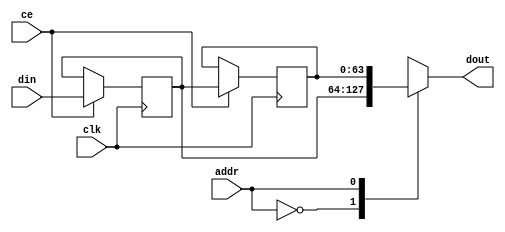
// This program was cloned from: https://github.com/mustafabbas/ECE1373_2016_hft_on_fpga
// License: MIT License

// ==============================================================
// File generated by Vivado(TM) HLS - High-Level Synthesis from C, C++ and SystemC
// Version: 2015.1
// Copyright (C) 2015 Xilinx Inc. All rights reserved.
// 
// ==============================================================


`timescale 1 ns / 1 ps

module ip_handler_length_check_wordBuffer_Array_data_V_core (
    clk,
    ce,
    din,
    addr,
    dout);

parameter DATA_WIDTH = 32'd64;
parameter ADDR_WIDTH = 32'd1;
parameter DEPTH = 32'd2;

input clk;
input ce;
input [DATA_WIDTH-1:0] din;
input [ADDR_WIDTH-1:0] addr;
output [DATA_WIDTH-1:0] dout;


reg[DATA_WIDTH-1:0] ShiftRegMem[0:DEPTH-1];
integer i;

initial
begin
    for(i=0;i<DEPTH;i=i+1)
        ShiftRegMem[i] <= {DATA_WIDTH{1'b0}};
end

always @ (posedge clk)
begin
    if (ce)
    begin
        for(i=0;i<DEPTH-1;i=i+1)
            ShiftRegMem[i+1] <= ShiftRegMem[i];
        ShiftRegMem[0] <= din;
    end
end

assign dout = ShiftRegMem[addr];

endmodule

module ip_handler_length_check_wordBuffer_Array_data_V (
    clk,
    reset,
    address0,
    ce0,
    we0,
    d0,
    q0);

parameter DataWidth = 32'd64;
parameter AddressRange = 32'd2;
parameter AddressWidth = 32'd1;

input clk;
input reset;
input [AddressWidth-1:0] address0;
input ce0;
input we0;
input [DataWidth-1:0] d0;
output [DataWidth-1:0] q0;

ip_handler_length_check_wordBuffer_Array_data_V_core #(
    .DATA_WIDTH( DataWidth ),
    .ADDR_WIDTH( AddressWidth ),
    .DEPTH( AddressRange ))
ip_handler_length_check_wordBuffer_Array_data_V_core_U(
    .clk(clk),
    .ce(we0),
    .din(d0),
    .addr(address0),
    .dout(q0)
);

endmodule